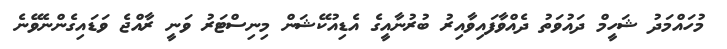
މުހައްމަދު ޝަހީމް ދައުވަތު ދެއްވާފައިވާއިރު ބުރުނާއީގެ އެޑިއުކޭޝަން މިނިސްޓަރު ވަނީ ރާއްޖެ ވަޑައިގެންނެވޭނެ